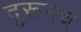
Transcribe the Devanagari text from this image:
दूरूनच